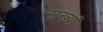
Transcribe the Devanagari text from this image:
सख्यं